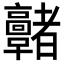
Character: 𩫭